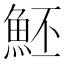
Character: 魾